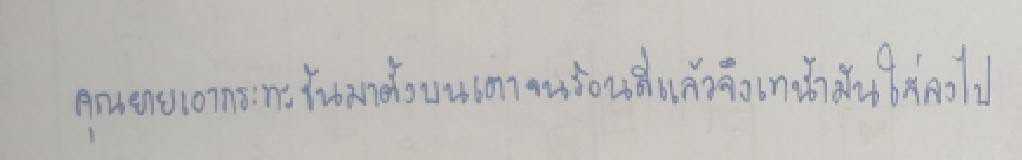
คุณยายเอากระทะขึ้นมาตั้งบนเตาจนร้อนดีแล้วจึงเทน้ำมันใส่ลงไป